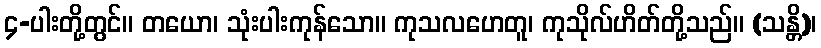
၄-ပါးတို့တွင်။ တယော၊ သုံးပါးကုန်သော။ ကုသလဟေတူ၊ ကုသိုလ်ဟိတ်တို့သည်။ (သန္တိ)၊